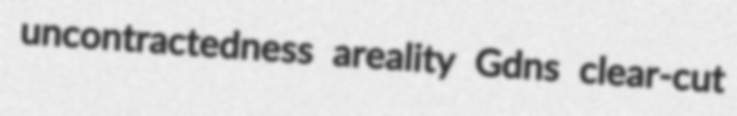
uncontractedness areality Gdns clear-cut